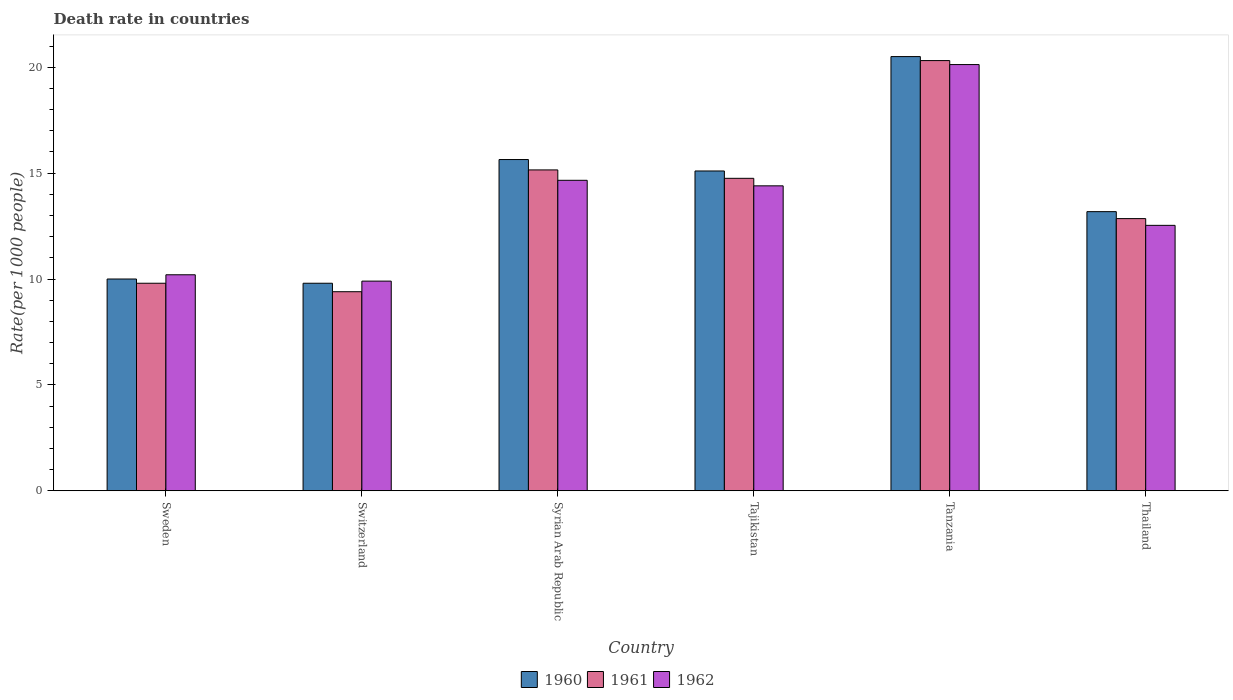
| Country | 1960 | 1961 | 1962 |
 | --- | --- | --- | --- |
 | Sweden | 10 | 9.8 | 10.2 |
 | Switzerland | 9.8 | 9.4 | 9.9 |
 | Syrian Arab Republic | 15.6 | 15.2 | 14.7 |
 | Tajikistan | 15.1 | 14.8 | 14.4 |
 | Tanzania | 20.5 | 20.3 | 20.1 |
 | Thailand | 13.2 | 12.9 | 12.5 |